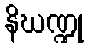
နိဃဏ္ဍု